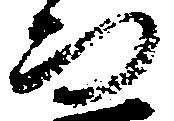
而